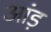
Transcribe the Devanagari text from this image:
आंड़